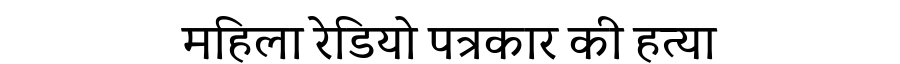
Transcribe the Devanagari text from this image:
महिला रेडियो पत्रकार की हत्या